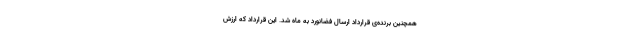
همچنین برنده‌ی قرارداد ارسال فضانورد به ماه شد. این قرارداد که ارزش